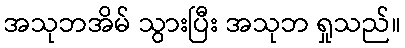
အသုဘအိမ် သွားပြီး အသုဘ ရှုသည်။